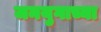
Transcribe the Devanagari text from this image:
जनयुगाच्या